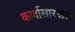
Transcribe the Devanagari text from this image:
कर्णासारखा